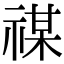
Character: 禖